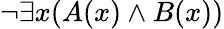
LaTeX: \neg\exists x(A(x)\land B(x))